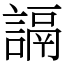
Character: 䛿